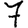
Digit: 7